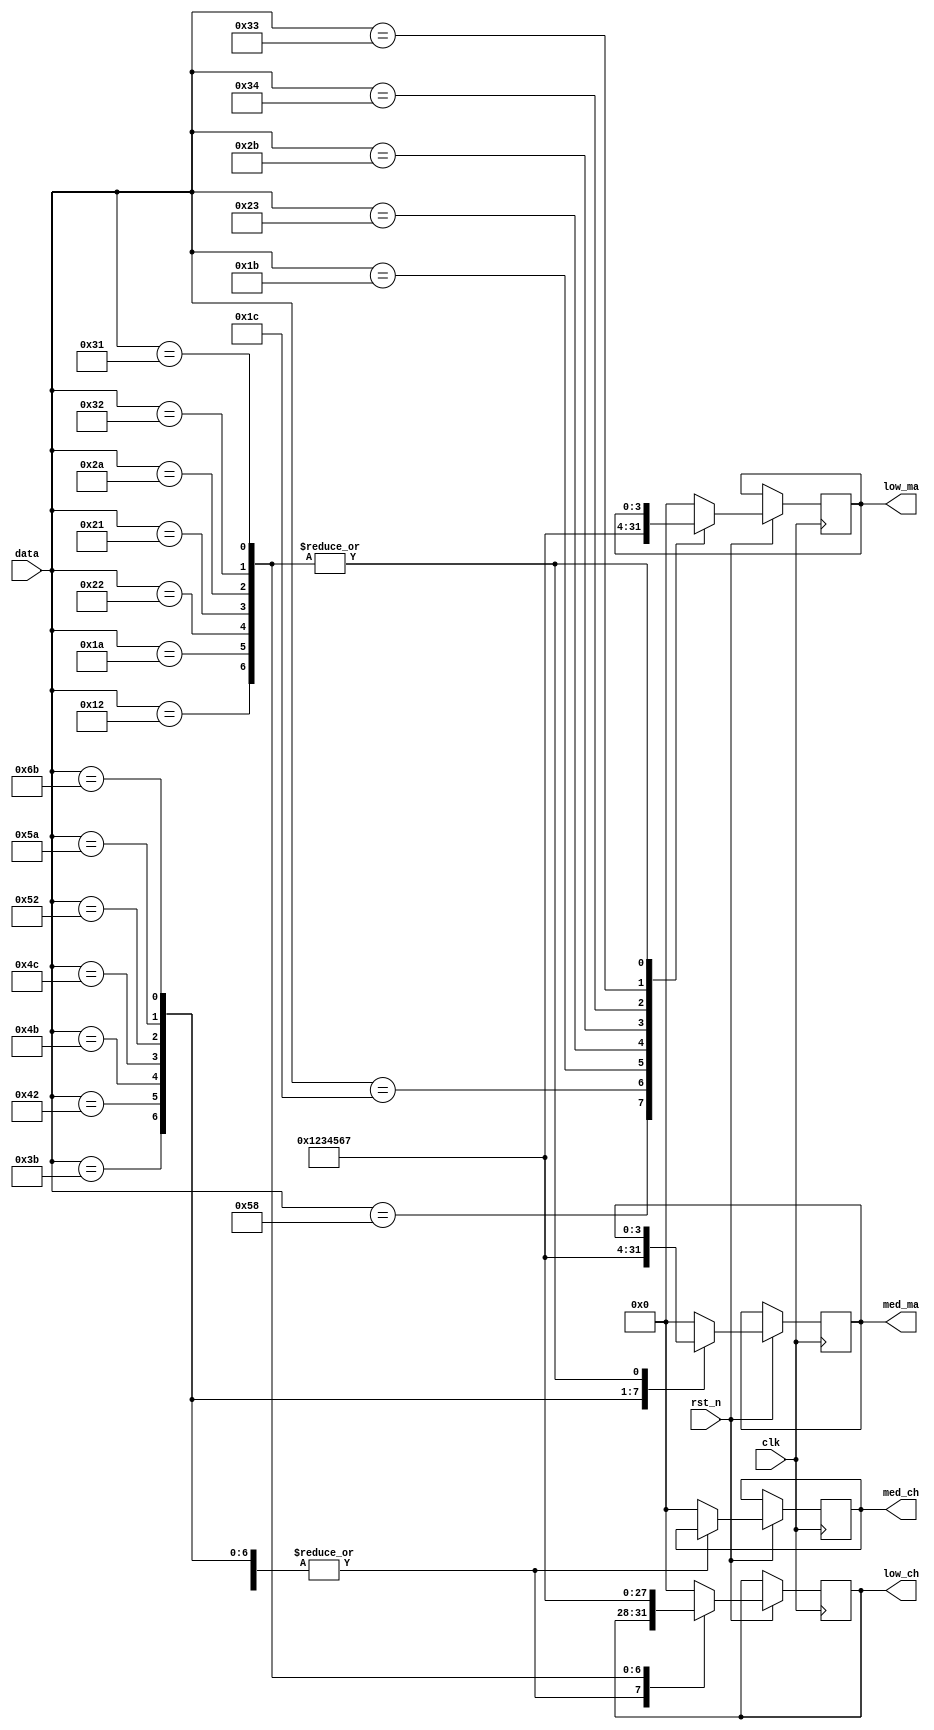
module ToneFromKB(
	input clk,
	input rst_n,
	input [7:0]data,
	output reg [3:0] med_ma,
	output reg [3:0] med_ch,
	output reg [3:0] low_ma,
	output reg [3:0] low_ch
    );
always @ (posedge clk or negedge rst_n) 
begin
	 if(!rst_n)
		 ps2_asci <= 8'h0;
    else begin
	 case (data)                    //ֵתΪASCII룬ıȽϼ򵥣ֻĸ
       8'h58: {med_ma,low_ma} <= 8'h01;    //CAPSLOCK     
       8'h1c: {med_ma,low_ma} <= 8'h02;   //A
       8'h1b: {med_ma,low_ma} <= 8'h03;   //S
       8'h23: {med_ma,low_ma} <= 8'h04;   //D
       8'h2b: {med_ma,low_ma} <= 8'h05;   //F
       8'h34: {med_ma,low_ma} <= 8'h06;   //G
       8'h33: {med_ma,low_ma} <= 8'h07;   //H
       8'h3b: {med_ma,low_ma} <= 8'h10;   //J
       8'h42: {med_ma,low_ma} <= 8'h20;   //K
       8'h4b: {med_ma,low_ma} <= 8'h30;   //L
		 8'h4c: {med_ma,low_ma} <= 8'h40;   //;
		 8'h52: {med_ma,low_ma} <= 8'h50;   //'
       8'h5a: {med_ma,low_ma} <= 8'h60;   //ENTER
		 8'h6b: {med_ma,low_ma} <= 8'h70;   //KP4


       8'h12: {med_ch,low_ch} <= 8'h01;    //L SHFT
       8'h1a: {med_ch,low_ch} <= 8'h02;   //Z
       8'h22: {med_ch,low_ch} <= 8'h03;   //X
       8'h21: {med_ch,low_ch} <= 8'h04;   //C
       8'h2a: {med_ch,low_ch} <= 8'h05;   //V
       8'h32: {med_ch,low_ch} <= 8'h06;   //B
       8'h31: {med_ch,low_ch} <= 8'h07;   //N


       default: 
		 begin
		 {med_ma,low_ma} <= 8'h00;
		 {med_ch,low_ch} <= 8'h00;
		 end
       endcase
		 end
end
endmodule